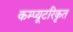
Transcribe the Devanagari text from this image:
कम्प्यूटरिकृत